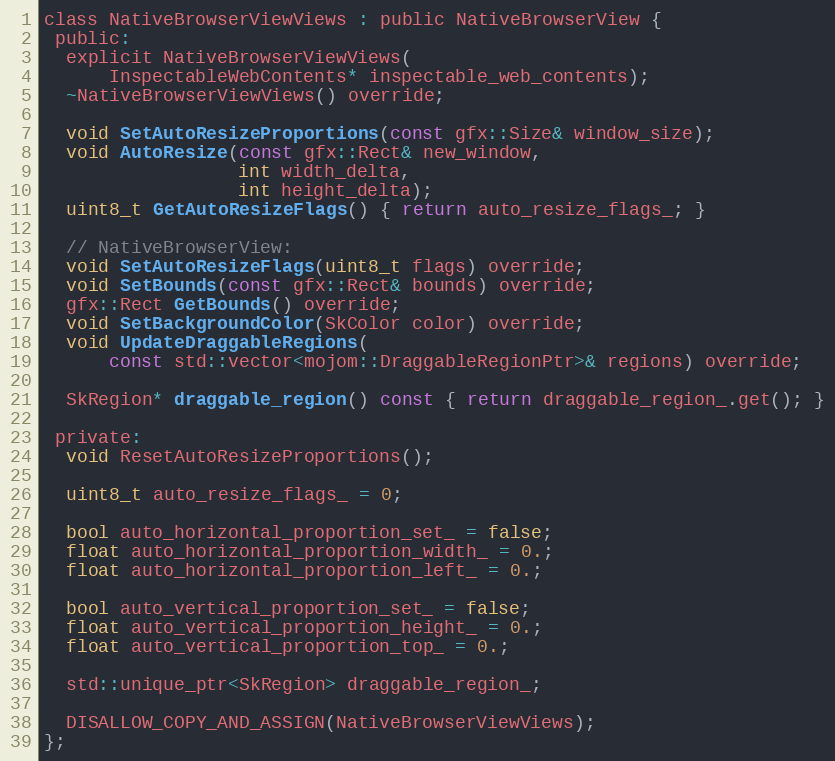
Language: C
class NativeBrowserViewViews : public NativeBrowserView {
 public:
  explicit NativeBrowserViewViews(
      InspectableWebContents* inspectable_web_contents);
  ~NativeBrowserViewViews() override;

  void SetAutoResizeProportions(const gfx::Size& window_size);
  void AutoResize(const gfx::Rect& new_window,
                  int width_delta,
                  int height_delta);
  uint8_t GetAutoResizeFlags() { return auto_resize_flags_; }

  // NativeBrowserView:
  void SetAutoResizeFlags(uint8_t flags) override;
  void SetBounds(const gfx::Rect& bounds) override;
  gfx::Rect GetBounds() override;
  void SetBackgroundColor(SkColor color) override;
  void UpdateDraggableRegions(
      const std::vector<mojom::DraggableRegionPtr>& regions) override;

  SkRegion* draggable_region() const { return draggable_region_.get(); }

 private:
  void ResetAutoResizeProportions();

  uint8_t auto_resize_flags_ = 0;

  bool auto_horizontal_proportion_set_ = false;
  float auto_horizontal_proportion_width_ = 0.;
  float auto_horizontal_proportion_left_ = 0.;

  bool auto_vertical_proportion_set_ = false;
  float auto_vertical_proportion_height_ = 0.;
  float auto_vertical_proportion_top_ = 0.;

  std::unique_ptr<SkRegion> draggable_region_;

  DISALLOW_COPY_AND_ASSIGN(NativeBrowserViewViews);
};